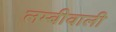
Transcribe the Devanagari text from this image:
लम्बीवाली